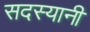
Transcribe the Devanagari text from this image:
सदस्यानी